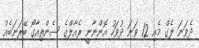
ދެވަނަ ލެގް މެއި 12 ވަނަ ދުވަހު އޮންނާނީ ރެއާލްގެ ސެންތިއާގޯ ބޭރަނަބެއު